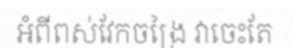
អំពីពស់វែកចង្រៃ វាចេះតែ